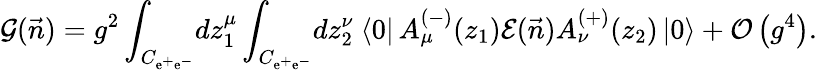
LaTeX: {\cal G}(\vec{n})=g^{2}\int_{C_{\mathrm{e}^{+}\mathrm{e}^{-}}}\! dz_{1}^{\mu}\int_{C_{\mathrm{e}^{+}\mathrm{e}^{-}}}\! dz_{2}^{\nu}\ \langle 0|\, A_{\mu}^{(-)}(z_{1}){\cal E}(\vec{n})A_{\nu}^{(+)}(z_{2})\, |0\rangle+{\cal O}\left(g^{4}\right).